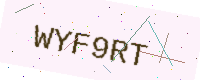
Text: WYF9RT